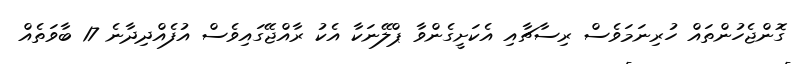
ގޮންޖެހުންތައް ހުރިނަމަވެސް ރިސާޗާއި އެކަށީގެންވާ ޕްލޭނަކާ އެކު ރާއްޖޭގައިވެސް އުފެއްދިދާނެ 17 ބާވަތެއް